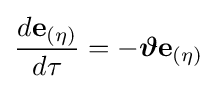
{\frac {d\mathbf {e} _{(\eta )}}{d\tau }}=-{\boldsymbol {\vartheta }}\mathbf {e} _{(\eta )}